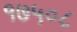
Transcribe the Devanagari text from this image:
१७५०८